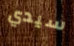
سيدي